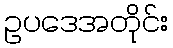
ဥပဒေအတိုင်း